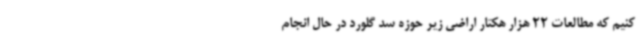
کنیم که مطالعات 22 هزار هکتار اراضی زیر حوزه سد گلورد در حال انجام